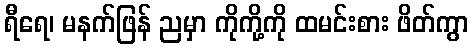
ရီရေ၊ မနက်ဖြန် ညမှာ ကိုကို့ကို ထမင်းစား ဖိတ်ကွာ